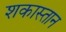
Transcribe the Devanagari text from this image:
शकास्तान